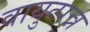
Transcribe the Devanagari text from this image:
वायुत्पन्न